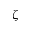
\zeta